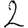
Digit: 2